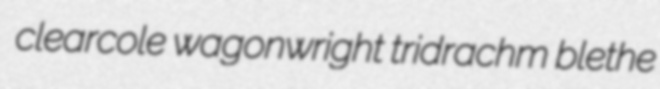
clearcole wagonwright tridrachm blethe